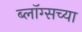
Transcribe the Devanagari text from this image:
ब्लॉग्सच्या